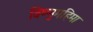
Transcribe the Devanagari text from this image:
विष्णुमहिमा